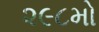
૨૯૮મો